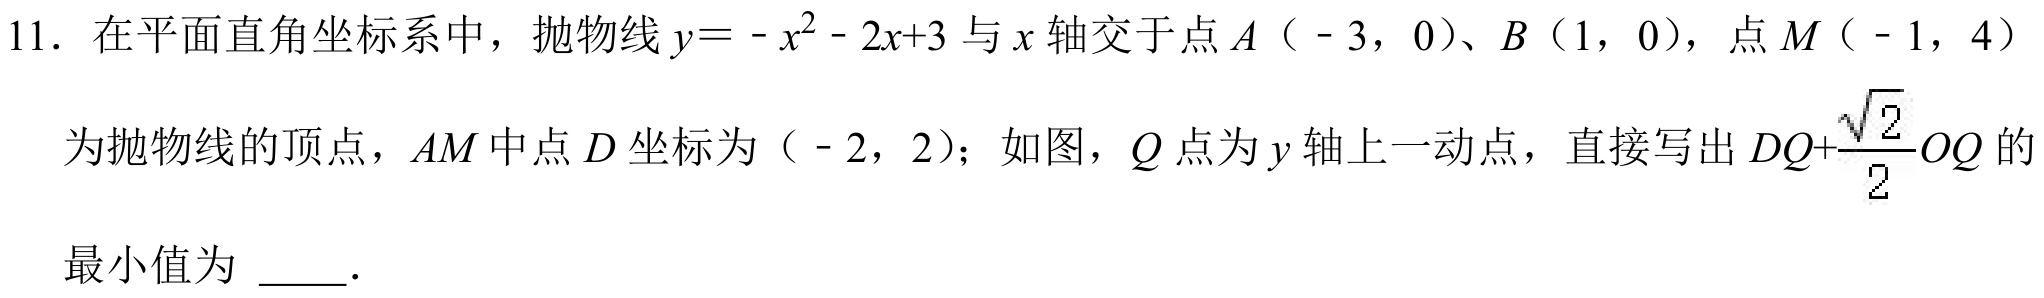
11. 在平面直角坐标系中，抛物线\(y = -x^{2}-2x + 3\)与\(x\)轴交于点\(A（-3,0）\)、\(B（1,0）\)，点\(M（-1,4）\)
为抛物线的顶点，\(AM\)中点\(D\)坐标为\((-2,2)\)；如图，\(Q\)点为\(y\)轴上一动点，直接写出\(DQ+\frac{\sqrt{2}}{2}OQ\)的
最小值为  ．